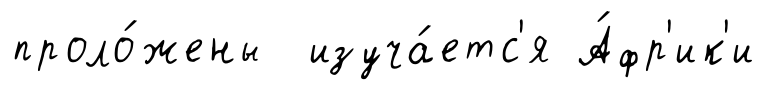
проло́жены изуча́етс'я А́фр'ик'и